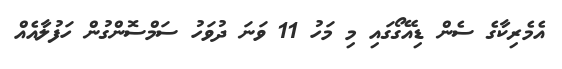
އެމެރިކާގެ ސެން ޑިއޭގޯގައި މި މަހު 11 ވަނަ ދުވަހު ސަމްސޮންގުން ހަފުލާއެއް